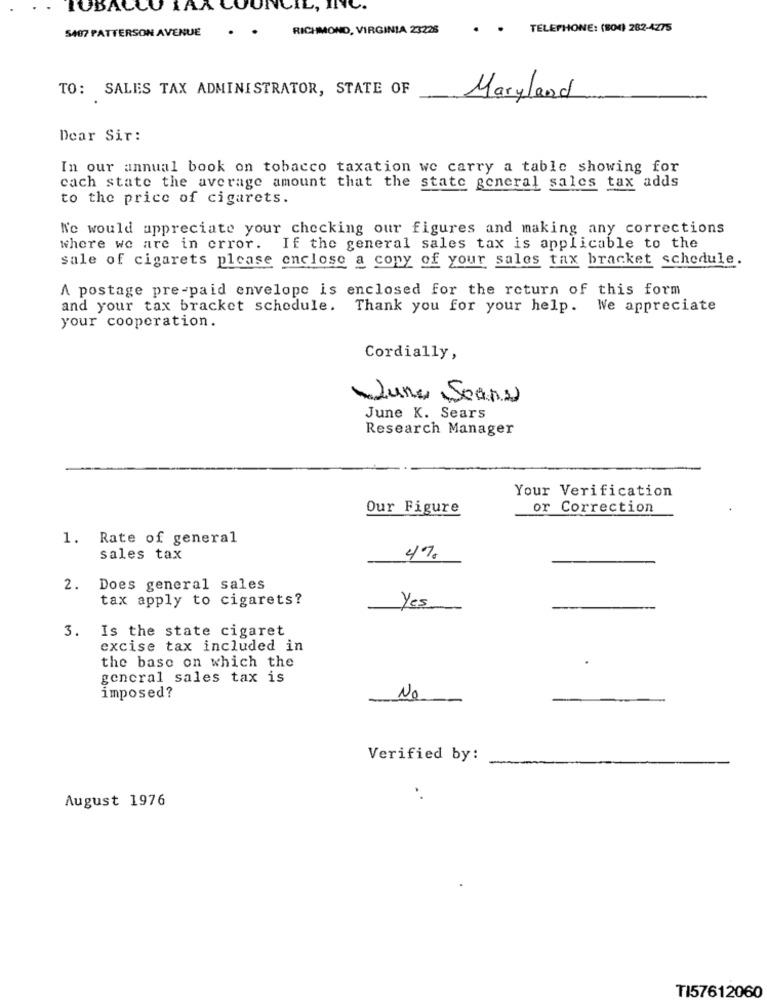
TOBACCO IAA COUNCIL, INC.
5407 PATTERSON AVENUE
. .
RICHMOND, VIRGINIA 23228
. . TELEPHONE: (BOX) 282-4275
TO: SALES TAX ADMINISTRATOR, STATE OF
Maryland
Dear Sir:
In our annual book on tobacco taxation we carry a table showing for
cach state the average amount that the state general sales tax adds
to the price of cigarets.
No would appreciate your checking our figures and making any corrections
where we are in error. If the general sales tax is applicable to the
sale of cigarets please enclose a copy of your sales tax bracket schedule.
A postage pre-paid envelope is enclosed for the return of this form
and your tax bracket schedule. Thank you for your help. We appreciate
your cooperation.
Cordially,
Lune Seans
June K. Sears
Research Manager
Your Verification
Our Figure
or Correction
1. Rate of general
sales tax
4%
2.
Does general sales
tax apply to cigarets?
Yes
3. Is the state cigaret
excise tax included in
the base on which the
general sales tax is
imposed?
No
Verified by:
August 1976
TI57612060